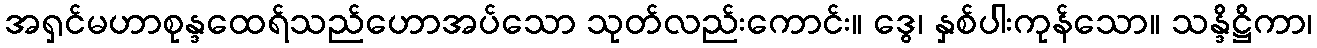
အရှင်မဟာစုန္ဒထေရ်သည်ဟောအပ်သော သုတ်လည်းကောင်း။ ဒွေ၊ နှစ်ပါးကုန်သော။ သန္ဒိဋ္ဌိကာ၊